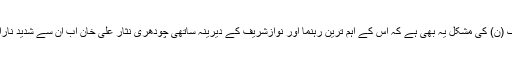
مسلم لیگ (ن) کی مشکل یہ بھی ہے کہ اس کے اہم ترین رہنما اور نوازشریف کے دیرینہ ساتھی چودھری نثار علی خان اب ان سے شدید ناراض ہیں۔